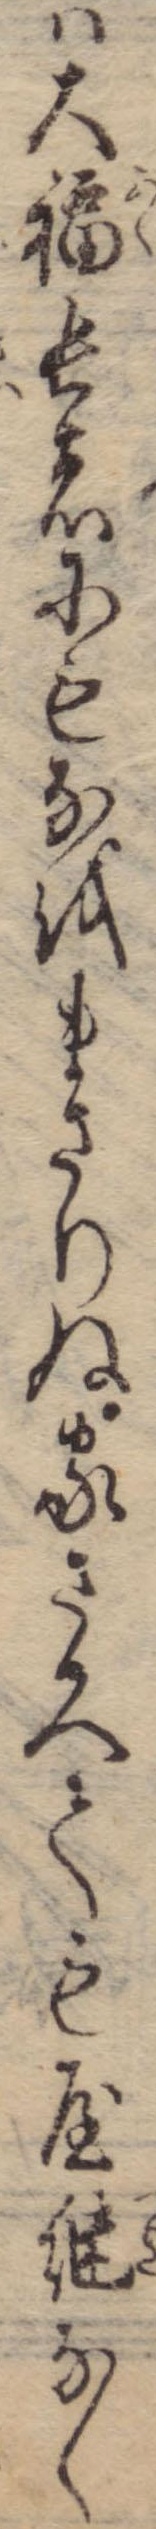
は大福長者にもなをまさりぬ家さかへても屋継なく